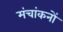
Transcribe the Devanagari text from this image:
मंचांकनों